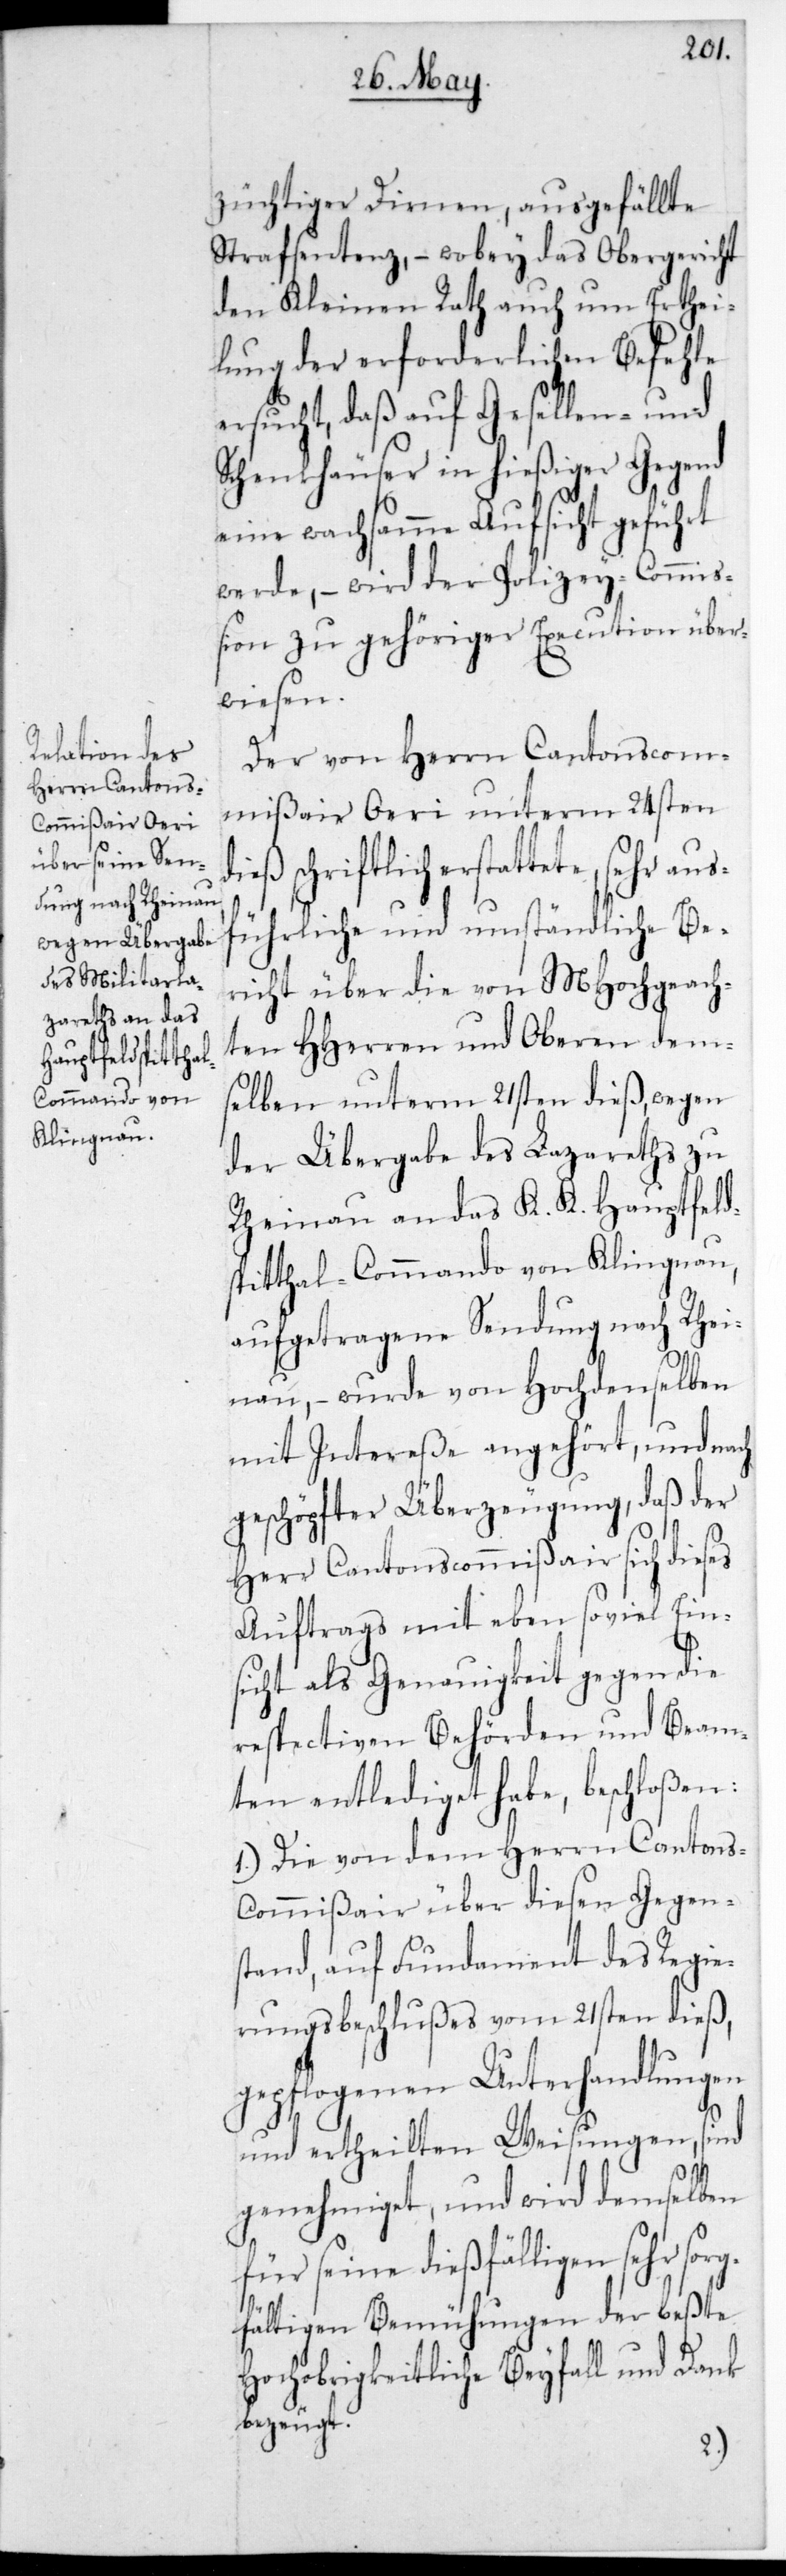
züchtiger Dirnen, ausgefällte
Strafsentenz, – wobey das Obergericht
den Kleinen Rath auch um Erthei¬
lung der erforderlichen Befehle
ersucht, daß auf Gesellen- und
Schenkhäuser in hießiger Gegend
eine wachsamme Aufsicht geführt
werde, – wird der Polizey-Commiß¬
ion zu gehöriger Execution über¬
wiesen.
Der von Herrn Cantonscom¬
mißair Öri unterm 24sten
dieß schriftlich erstattete, s¬
ührliche und umständliche Be¬
richt über die von MHochgeach¬
ten HHerren und Oberen dem¬
selben unterm 21sten dieß, wegen
der Übergabe des Lazareths zu
Rheinau an das K. K. Hauptfeld¬
spitthal-Commando von Klingnau,
aufgetragene Sendung nach Rhei¬
nau, – wurde von Hochdenselben
mit Intereße angehört, und nach
geschöpfter Überzeugung, daß der
Herr CantonsCommißair sich dieses
Auftrags mit eben soviel Ein¬
sicht als Genauigkeit gegen die
respectiven Behörden und Beam¬
ten entlediget habe, beschloßen:
1.) Die von dem Herrn Cantons¬
Commißair über diesen Gegen¬
stand, auf Fundament des Regie¬
rungsbeschlußes vom 21sten dieß,
gepflogenen Unterhandlungen
und ertheilten Weisungen, sind
genehmiget, und wird demselben
für seine dießfälligen sehr so¬
fältigen Bemühungen der beßte
Hochobrigkeitliche Beyfall und Dank
bezeugt.
rg¬